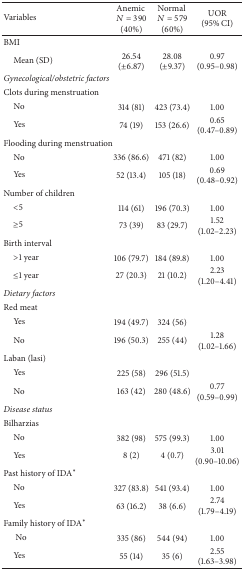
| Variables | Anemic N = 390 (40%) | Normal N = 579 (60%) | UOR (95% CI) |
 | --- | --- | --- | --- |
 | BMI |  |  |  |
 | Mean (SD) | 26.54 (±6.87) | 28.08 (±9.37) | 0.97 (0.95–0.98) |
 | Gynecological/obstetric factors |  |  |  |
 | Clots during menstruation |  |  |  |
 | No | 314 (81) | 423 (73.4) | 1.00 |
 | Yes | 74 (19) | 153 (26.6) | 0.65 (0.47–0.89) |
 | Flooding during menstruation |  |  |  |
 | No | 336 (86.6) | 471 (82) | 1.00 |
 | Yes | 52 (13.4) | 105 (18) | 0.69(0.48–0.92) |
 | Number of children |  |  |  |
 | <5 | 114 (61) | 196 (70.3) | 1.00 |
 | ≥5 | 73 (39) | 83 (29.7) | 1.52 (1.02–2.23) |
 | Birth interval |  |  |  |
 | >1 year | 106 (79.7) | 184 (89.8) | 1.00 |
 | ≤1 year | 27 (20.3) | 21 (10.2) | 2.23 (1.20–4.41) |
 | Dietary factors |  |  |  |
 | Red meat |  |  |  |
 | Yes | 194 (49.7) | 324 (56) |  |
 | No | 196 (50.3) | 255 (44) | 1.28 (1.02–1.66) |
 | Laban (lasi) |  |  |  |
 | Yes | 225 (58) | 296 (51.5) |  |
 | No | 163 (42) | 280 (48.6) | 0.77 (0.59–0.99) |
 | Disease status |  |  |  |
 | Bilharzias |  |  |  |
 | No | 382 (98) | 575 (99.3) | 1.00 |
 | Yes | 8 (2) | 4 (0.7) | 3.01 (0.90–10.06) |
 | Past history of IDA* |  |  |  |
 | No | 327 (83.8) | 541 (93.4) | 1.00 |
 | Yes | 63 (16.2) | 38 (6.6) | 2.74 (1.79–4.19) |
 | Family history of IDA* |  |  |  |
 | No | 335 (86) | 544 (94) | 1.00 |
 | Yes | 55 (14) | 35 (6) | 2.55 (1.63–3.98) |